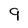
Character: 9